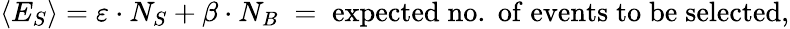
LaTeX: \left<E_{S}\right>=\varepsilon\cdot N_{S}+\beta\cdot N_{B}\; =\; \mathrm{expected\; no.\; of\; events\; to\; be\; selected},